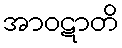
အာဝဋာတိ